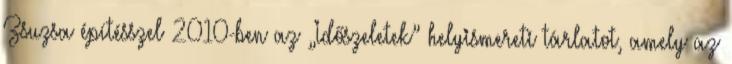
Zsuzsa építésszel 2010-ben az „Időszeletek” helyismereti tárlatot, amely az